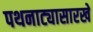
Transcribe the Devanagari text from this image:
पथनाट्यासारखे